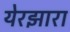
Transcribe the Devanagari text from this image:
येरझारा